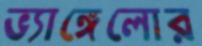
ভ্যাঙ্গেলোর